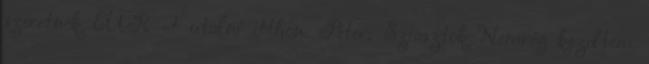
szeretnék EUR -t utalni itthon. Péter: Sziasztok Nemrég kezdtem